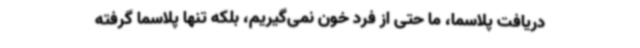
دریافت پلاسما، ما حتی از فرد خون نمی‌گیریم، بلکه تنها پلاسما گرفته